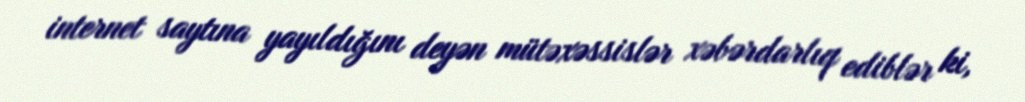
internet saytına yayıldığını deyən mütəxəssislər xəbərdarlıq ediblər ki,